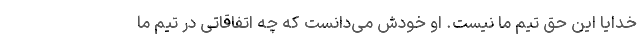
خدایا این حق تیم ما نیست. او خودش می‌دانست که چه اتفاقاتی در تیم ما